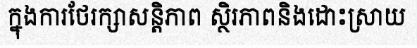
ក្នុងការថែរក្សាសន្តិភាព ស្ថិរភាពនិងដោះស្រាយ